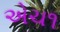
એચ૧